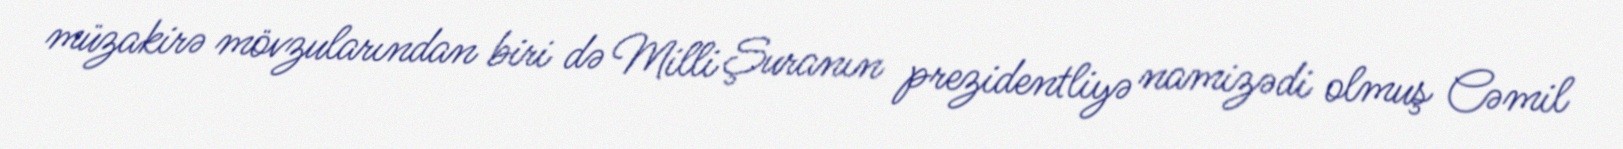
müzakirə mövzularından biri də Milli Şuranın prezidentliyə namizədi olmuş Cəmil